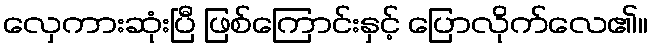
လှေကားဆုံးပြီ ဖြစ်ကြောင်းနှင့် ပြောလိုက်လေ၏။